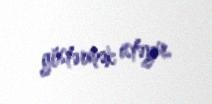
göstərmək istəyir.